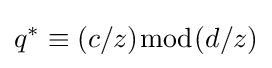
q^{\ast }\equiv (c/z){\bmod {(}}d/z)